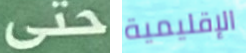
حتى الإقليمية